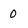
Character: 0